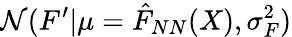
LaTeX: \mathcal{N}(F^{\prime}|\mu=\hat{F}_{NN}(X),\sigma_{F}^{2})